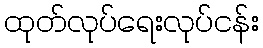
ထုတ်လုပ်ရေးလုပ်ငန်း